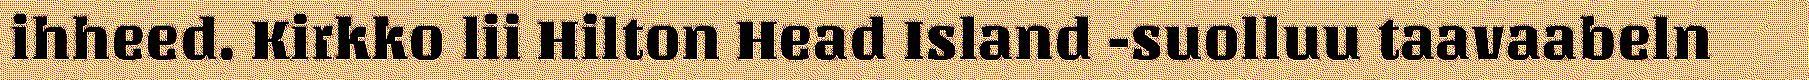
ihheed. Kirkko lii Hilton Head Island -suolluu taavaabeln